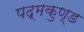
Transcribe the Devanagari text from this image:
पद्मकुण्ड